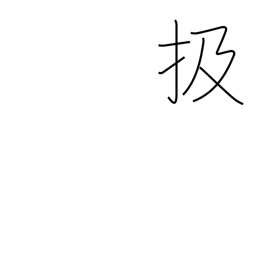
Meaning: strip